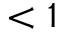
< 1